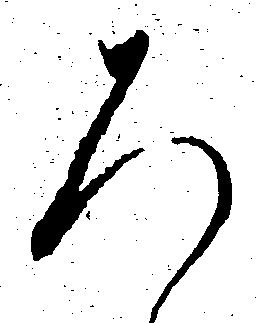
ろ